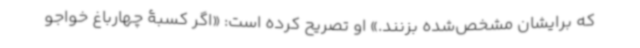
که برایشان مشخص‌شده بزنند.» او تصریح کرده است: «اگر کسبۀ چهارباغ خواجو